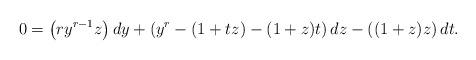
LaTeX: \begin{align*} 0 = \left(ry^{r-1}z\right)dy + \left(y^r-(1+tz)-(1+z)t\right) dz - \left((1+z)z\right)dt.\end{align*}